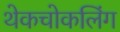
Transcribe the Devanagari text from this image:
थेकचोकलिंग